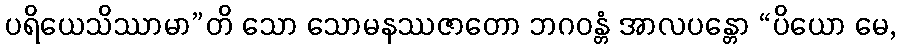
ပရိယေသိဿာမာ”တိ သော သောမနဿဇာတော ဘဂဝန္တံ အာလပန္တော “ပိယော မေ,